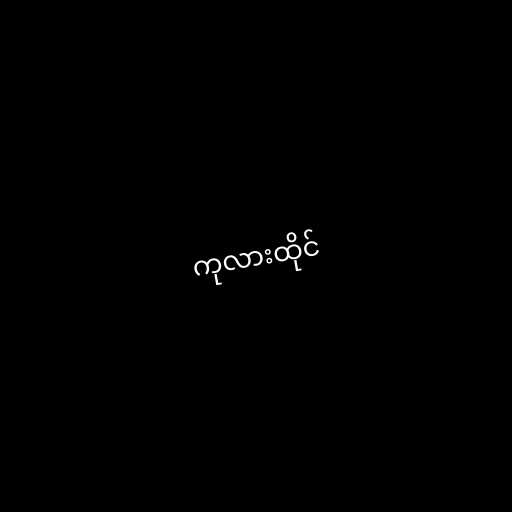
ကုလားထိုင်